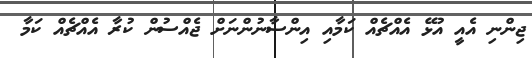
ޖިންނި އެއީ އުޅޭ އެއްޗެއް ކަމާއި އިންސާނުންނަށް ޖެއްސުން ކުރާ އެއްޗެއް ކަމާ